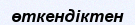
өткендіктен